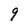
Character: 9